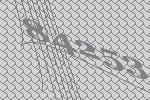
84253